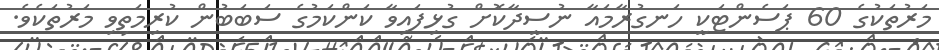
މަރުތަކުގެ 60 ޕަސެންޓަކީ ހަނގުރާމައާ ނުސީދާކޮށް ގުޅިފައިވާ ކަންކަމުގެ ސަބަބުން ކުރިމަތިވި މަރުތަކެވެ.